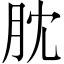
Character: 䏙